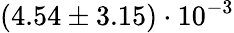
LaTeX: (4.54\pm 3.15)\cdot 10^{-3}